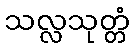
သလ္လသုတ္တံ